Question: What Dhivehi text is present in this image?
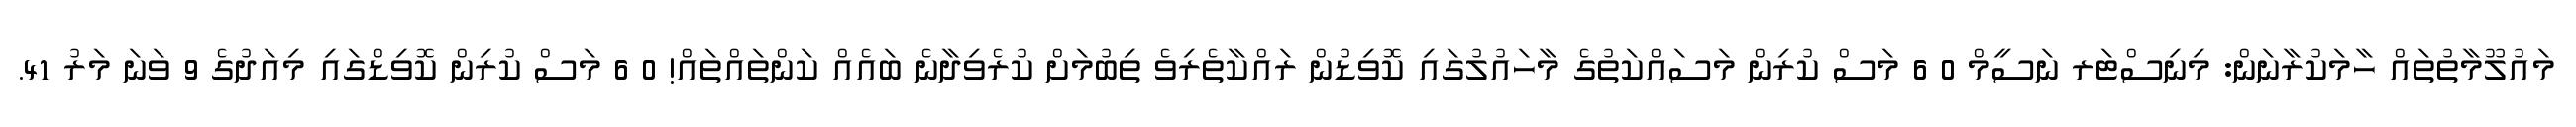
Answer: މައުލޫމާތުތައް ހާމަކުރާނަން: މިނިސްޓަރ ނަސީމް 0 6 މަސް ކުރިން މަސައްކަތުގެ މާހައުލުގައި ކޮވިޑުން ރައްކާތެރިވެ ތިބުމަށް ކުރެވިދާނެ ބައެއް ކަންތައްތައް! 0 6 މަސް ކުރިން ކޮވިޑްގައި މިއަދުގެ 9 ވަނަ މަރު 41.